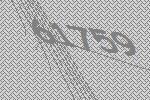
61759